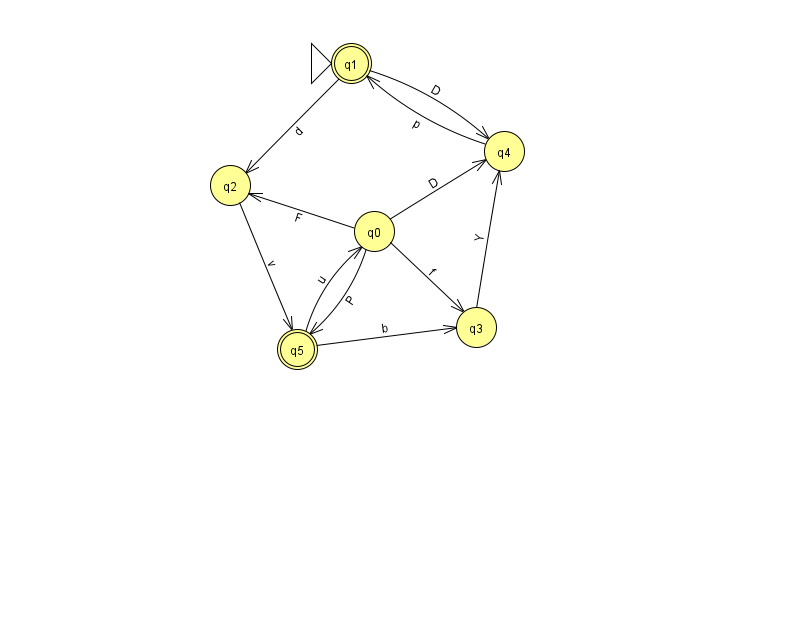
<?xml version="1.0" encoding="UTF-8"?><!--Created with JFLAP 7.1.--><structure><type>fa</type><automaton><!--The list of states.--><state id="0" name="q0"><x>374.0</x><y>218.0</y></state><state id="1" name="q1"><x>351.0</x><y>50.0</y><initial/><final/></state><state id="2" name="q2"><x>230.0</x><y>172.0</y></state><state id="3" name="q3"><x>476.0</x><y>314.0</y></state><state id="4" name="q4"><x>504.0</x><y>138.0</y></state><state id="5" name="q5"><x>297.0</x><y>336.0</y><final/></state><!--The list of transitions.--><transition><from>0</from><to>4</to><read>D</read></transition><transition><from>0</from><to>2</to><read>F</read></transition><transition><from>5</from><to>3</to><read>b</read></transition><transition><from>4</from><to>1</to><read>p</read></transition><transition><from>1</from><to>2</to><read>d</read></transition><transition><from>3</from><to>4</to><read>Y</read></transition><transition><from>1</from><to>4</to><read>D</read></transition><transition><from>2</from><to>5</to><read>v</read></transition><transition><from>0</from><to>5</to><read>P</read></transition><transition><from>5</from><to>0</to><read>u</read></transition><transition><from>0</from><to>3</to><read>f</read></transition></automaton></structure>